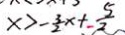
x > - \frac { 3 } { 2 } x + \frac { 5 } { 2 }